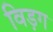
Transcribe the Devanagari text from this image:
विड़ग